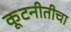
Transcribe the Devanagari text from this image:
कूटनीतीचा